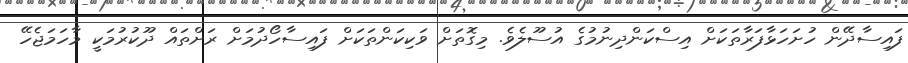
ފައިސާދޭން ހުށަހަޅާފަރާތަކަށް އިސްކަންދިނުމުގެ އުސޫލެވެ. މިގޮތަށް ވަކިކަންތަކަށް ފައިސާހޯދުމަށް ރަށްތައް ދޫކުރުމަކީ މާހަމަޖެހޭ